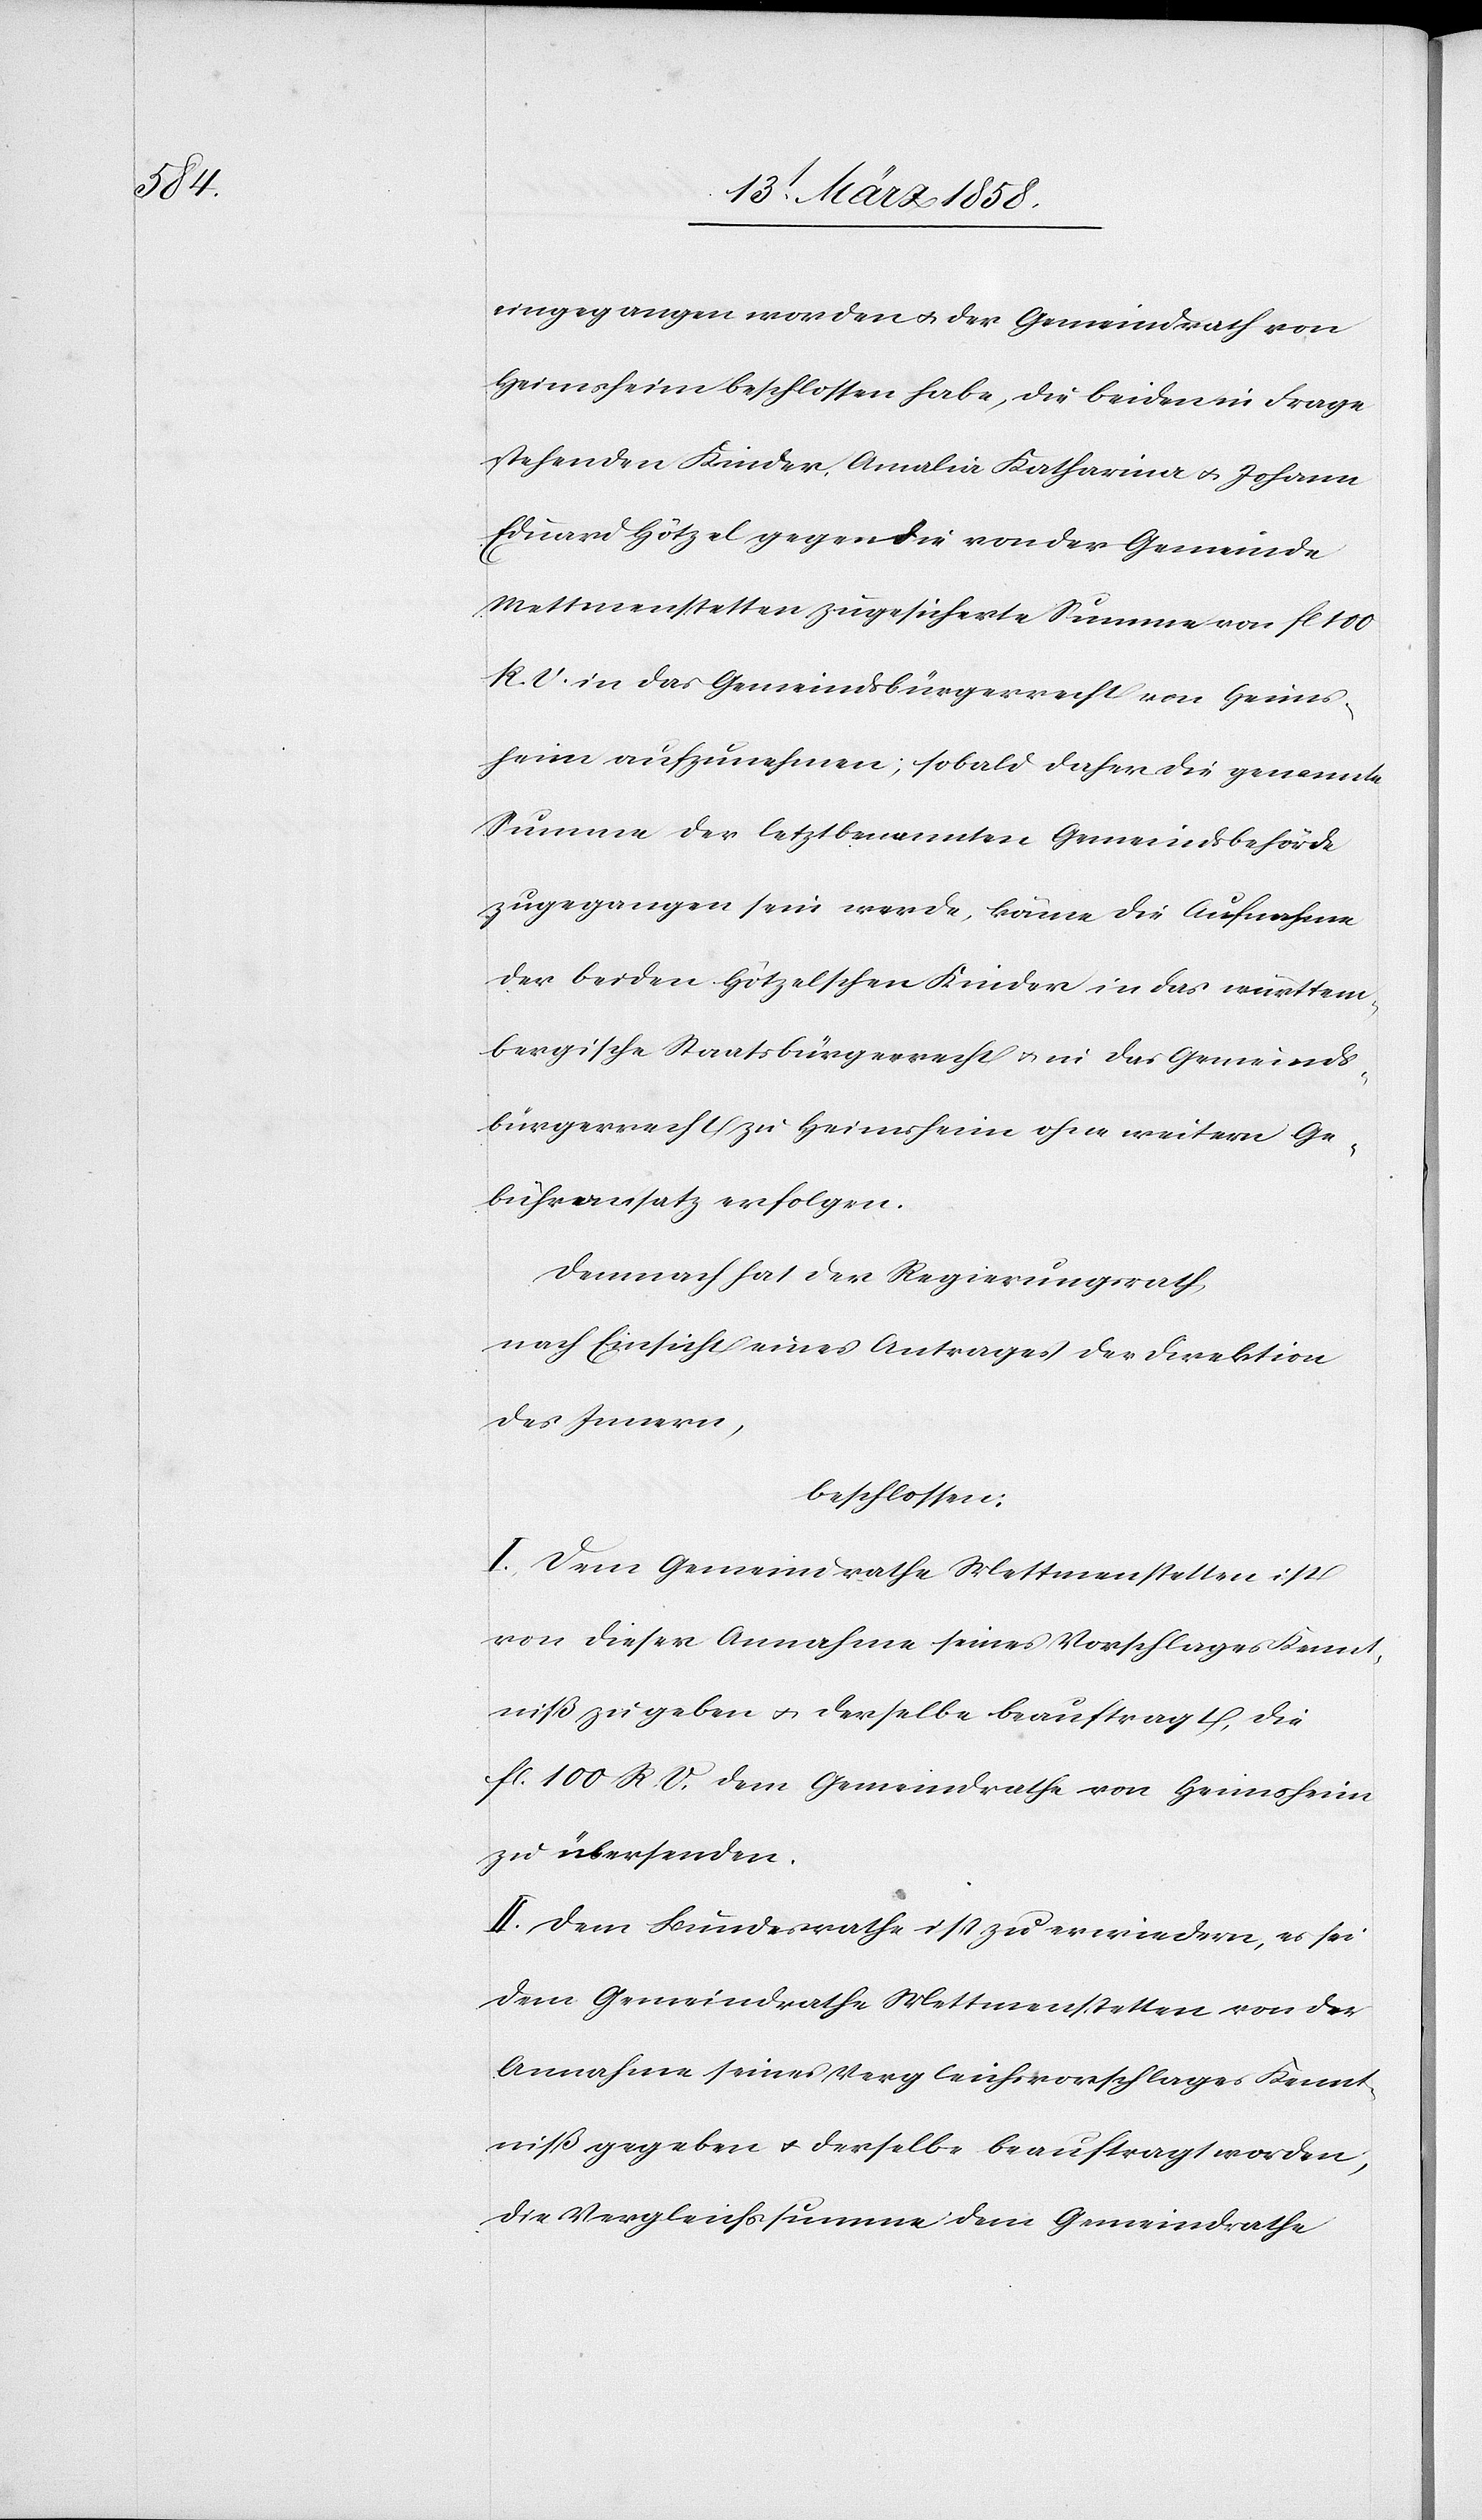
angegangen worden u. der Gemeindrath von
Heimsheim beschlossen habe, die beiden in Frage
stehenden Kinder Amalia Katharina u. Johann
Eduard Hötzel gegen die von der Gemeinde
Mettmenstetten [sic!] zugesicherte Summe von fl. 100
R. V. in das Gemeindsbürgerrecht von Heims¬
heim aufzunehmen; sobald daher die genannte
Summe der letztbenannten Gemeindsbehörde
zugegangen sein werde, könne die Aufnahme
der beiden Hötzelschen Kinder in das württem¬
bergische Staatsbürgerrecht u. in das Gemeinds¬
bürgerrecht zu Heimsheim ohne weitern Ge¬
bührenansatz erfolgen.
Demnach hat der Regierungsrath,
nach Einsicht eines Antrages der Direktion
des Innern,
beschlossen:
I. Dem Gemeindrathe Mettmenstetten ist
von dieser Annahme seines Vorschlages Kennt¬
niß zu geben u. derselbe beauftragt, die
fl. 100 R. V. dem Gemeindrathe von Heimsheim
zu übersenden.
II. Dem Bundesrathe ist zu erwiedern, es sei
dem Gemeindrathe Mettmenstetten von der
Annahme seines Vergleichsvorschlages Kennt¬
niß gegeben u. derselbe beauftragt worden,
die Vergleichssumme dem Gemeindrathe